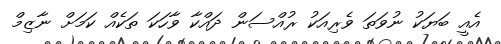
އެއީ ބަޔަކު ނުވަތަ ވެރިއަކު ރުއްސަން ދައްކާ ވާހަކަ ތަކެއް ކަމަށް ނާޒިމް